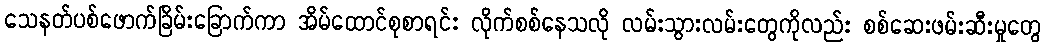
သေနတ်ပစ်ဖောက်ခြိမ်းခြောက်ကာ အိမ်ထောင်စုစာရင်း လိုက်စစ်နေသလို လမ်းသွားလမ်းတွေကိုလည်း စစ်ဆေးဖမ်းဆီးမှုတွေ